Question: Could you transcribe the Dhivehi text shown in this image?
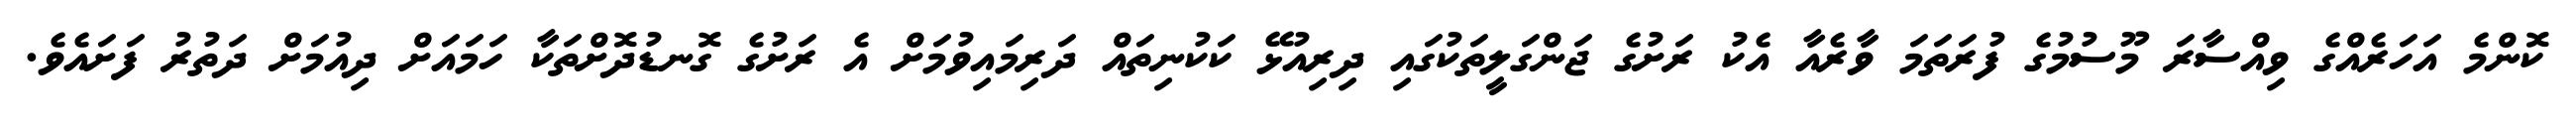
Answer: ކޮންމެ އަހަރެއްގެ ވިއްސާރަ މޫސުމުގެ ފުރަތަމަ ވާރެއާ އެކު ރަށުގެ ޖަންގަލީތަކުގައި ދިރިއުޅޭ ކަކުނިތައް ދަރިމައިވުމަށް އެ ރަށުގެ ގޮނޑުދޮށްތަކާ ހަމައަށް ދިއުމަށް ދަތުރު ފަށައެވެ.